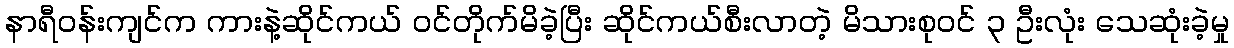
နာရီဝန်းကျင်က ကားနဲ့ဆိုင်ကယ် ဝင်တိုက်မိခဲ့ပြီး ဆိုင်ကယ်စီးလာတဲ့ မိသားစုဝင် ၃ ဦးလုံး သေဆုံးခဲ့မှု